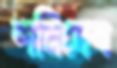
শনিদেব